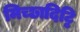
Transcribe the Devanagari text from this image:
मिच्छादिट्ठि